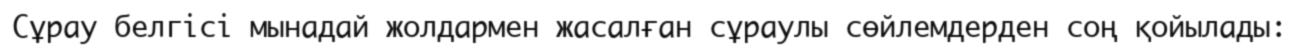
Сұрау белгісі мынадай жолдармен жасалған сұраулы сөйлемдерден соң қойылады: